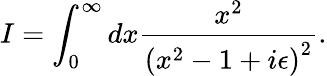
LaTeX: I=\int_{0}^{\infty}dx{\frac{x^{2}}{\left(x^{2}-1+i\epsilon\right)^{2}}}.